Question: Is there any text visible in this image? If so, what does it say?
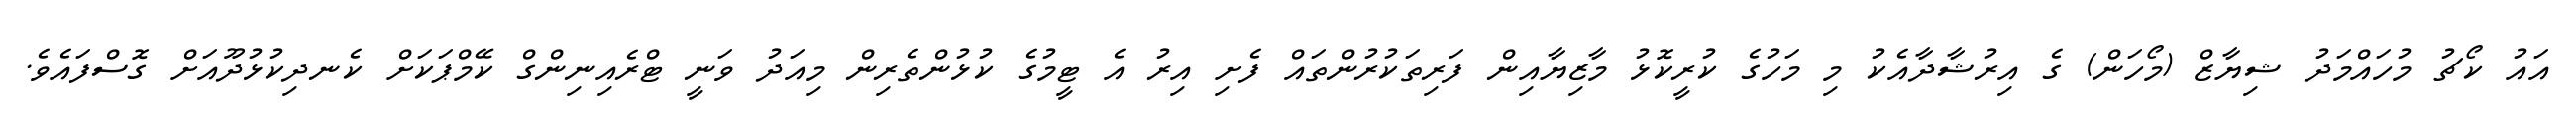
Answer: އައު ކޯޗު މުހައްމަދު ޝިޔާޒް (މޯހަން) ގެ އިރުޝާދާއެކު މި މަހުގެ ކުރީކޮޅު މާޒިޔާއިން ފަރިތަކުރުންތައް ފެށި އިރު އެ ޓީމުގެ ކުޅުންތެރިން މިއަދު ވަނީ ޓްރެއިނިންގް ކޭމްޕަކަށް ކެނދިކުޅުދޫއަށް ގޮސްފައެވެ.